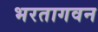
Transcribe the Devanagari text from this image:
भरतागवन